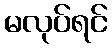
မလုပ်ရင်